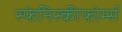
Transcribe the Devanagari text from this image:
स्फेनिस्कीफोर्म्स